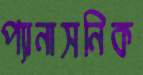
প্যানাসনিক